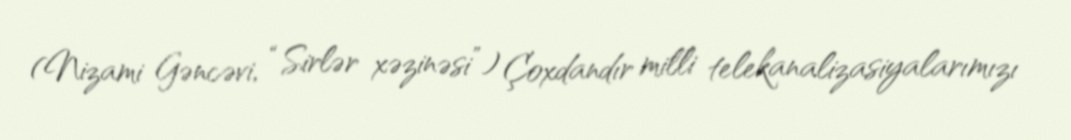
(Nizami Gəncəvi, “Sirlər xəzinəsi”) Çoxdandır milli telekanalizasiyalarımızı